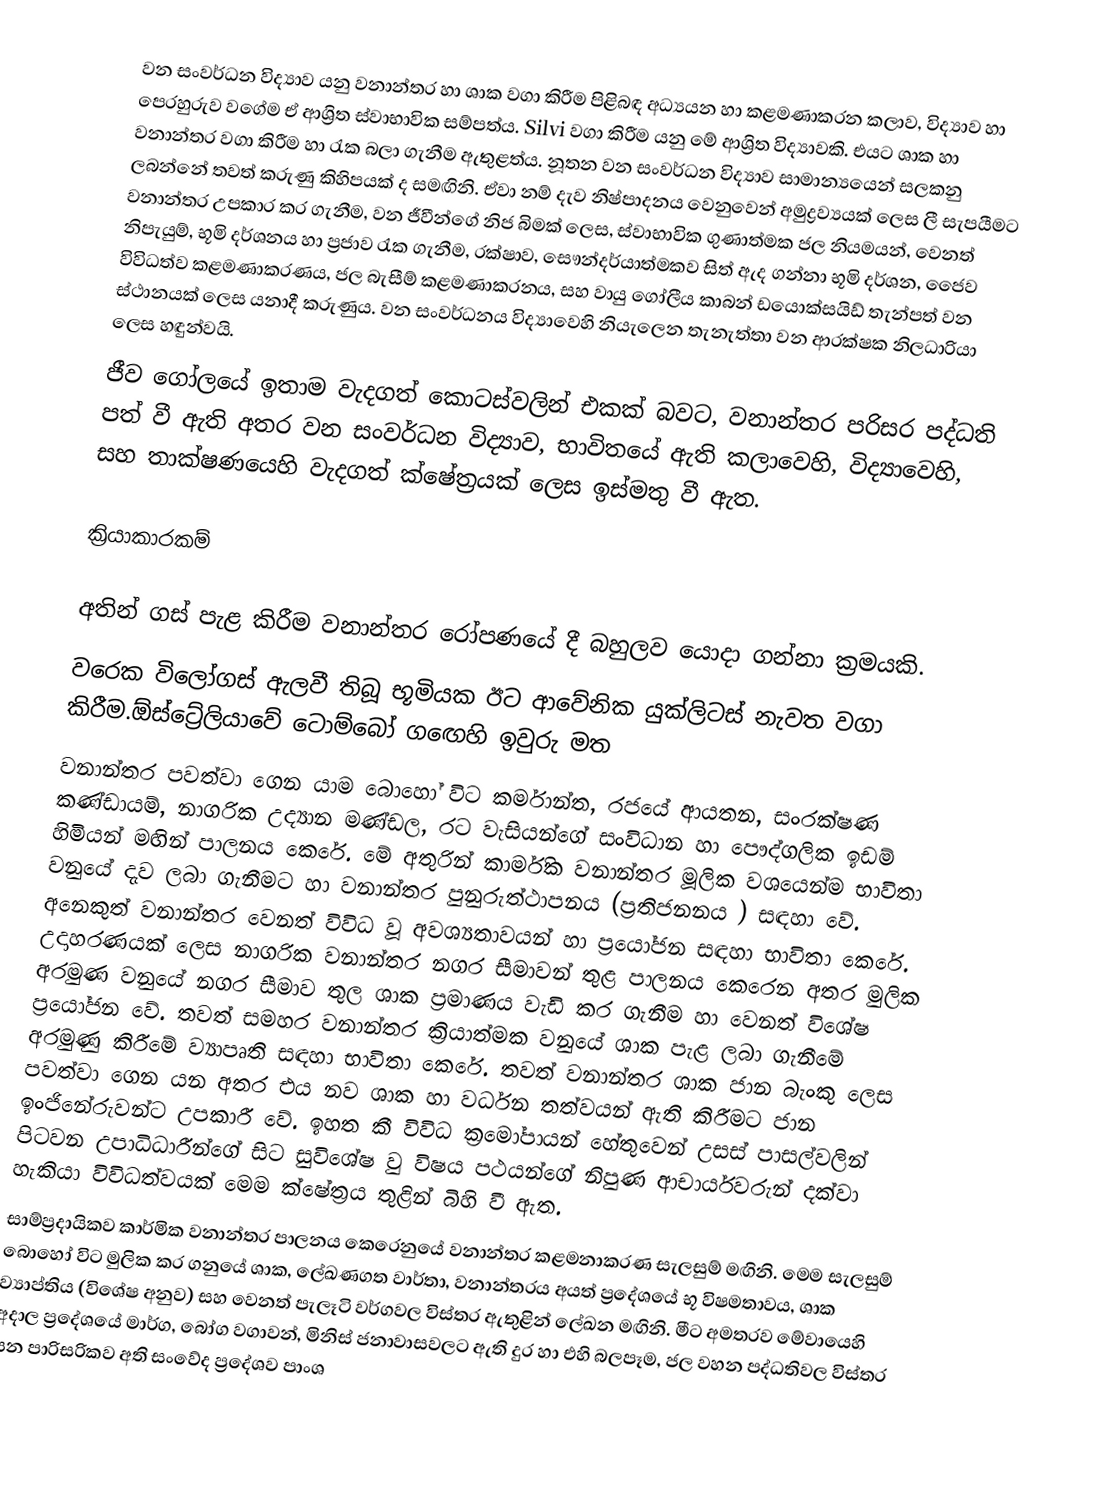
වන සංවර්ධන විද්‍යාව යනු වනාන්තර හා ශාක වගා කිරීම පිළිබඳ අධ්‍යයන හා කළමණාකරන කලාව, විද්‍යාව හා පෙරහුරුව වගේම ඒ ආශ්‍රිත ස්වාභාවික සම්පත්ය. Silvi වගා කිරීම යනු මේ ආශ්‍රිත විද්‍යාවකි. එයට ශාක හා වනාන්තර වගා කිරීම හා රැක බලා ගැනීම ඇතුළත්ය. නූතන වන සංවර්ධන විද්‍යාව සාමාන්‍යයෙන් සලකනු ලබන්නේ තවත් කරුණු කිහිපයක් ද සමඟිනි. ඒවා නම් දැව නිෂ්පාදනය වෙනුවෙන් අමුද්‍රව්‍යයක් ලෙස ලී සැපයීමට වනාන්තර උපකාර කර ගැනීම, වන ජීවීන්ගේ නිජ බිමක් ලෙස, ස්වාභාවික ගුණාත්මක ජල නියමයන්, වෙනත් නිපැයුම්, භූමි දර්ශනය හා ප්‍රජාව රැක ගැනීම, රක්ෂාව, සෞන්දර්යාත්මකව සිත් ඇද ගන්නා භූමි දර්ශන, ජෛව විවිධත්ව කළමණාකරණය, ජල බැසීම් කළමණාකරනය, සහ වායු ගෝලීය කාබන් ඩයොක්සයිඩ් තැන්පත් වන ස්ථානයක් ලෙස යනාදී කරුණුය. වන සංවර්ධනය විද්‍යාවෙහි නියැලෙන තැනැත්තා වන ආරක්ෂක නිලධාරියා ලෙස හඳුන්වයි.
ජීව ගෝලයේ ඉතාම වැදගත් කොටස්වලින් එකක් බවට, වනාන්තර පරිසර පද්ධති පත් වී ඇති අතර වන සංවර්ධන විද්‍යාව, භාවිතයේ ඇති කලාවෙහි, විද්‍යාවෙහි, සහ තාක්ෂණයෙහි වැදගත් ක්ෂේත්‍රයක් ලෙස ඉස්මතු වී ඇත.

ක්‍රියාකාරකම්

අතින් ගස් පැළ කිරීම වනාන්තර රෝපණයේ දී බහුලව යොදා ගන්නා ක්‍රමයකි.
වරෙක විලෝගස් ඇලවී තිබූ භූමියක ඊට ආවේනික යුක්ලිටස් නැවත වගා කිරීම.ඕස්ට්‍රේලියාවේ ටොම්බෝ ග‍ඟෙහි ඉවුරු මත
වනාන්තර පවත්වා ගෙන යාම බොහෝ විට කර්මාන්ත, රජයේ ආයතන, සංරක්ෂණ කණ්ඩායම්, නාගරික උද්‍යාන මණ්ඩල, රට වැසියන්ගේ සංවිධාන හා පෞද්ගලික ඉඩම් හිමියන් මඟින් පාලනය කෙරේ. මේ අතුරින් කාර්මික වනාන්තර මූලික වශයෙන්ම භාවිතා වනුයේ දැව ලබා ගැනීමට හා වනාන්තර පුනුරුත්ථාපනය (ප්‍රතිජනනය ) සඳහා වේ. අනෙකුත් වනාන්තර වෙනත් විවිධ වූ අවශ්‍යතාවයන් හා ප්‍රයෝජන සඳහා භාවිතා කෙරේ. උදාහරණයක් ලෙස නාගරික වනාන්තර නගර සීමාවන් තුළ පාලනය කෙරෙන අතර මුලික අරමුණ වනුයේ නගර සීමාව තුල ශාක ප්‍රමාණය වැඩි කර ගැනීම හා වෙනත් විශේෂ ප්‍රයෝජන වේ. තවත් සමහර වනාන්තර ක්‍රියාත්මක වනුයේ ශාක පැළ ලබා ගැනීමේ අරමුණු කිරීමේ ව්‍යාපෘති සඳහා භාවිතා කෙරේ. තවත් වනාන්තර ශාක ජාන බැංකු ලෙස පවත්වා ගෙන යන අතර එය නව ශාක හා වර්ධන තත්වයන් ඇති කිරීමට ජාන ඉංජිනේරුවන්ට උපකාරී වේ. ඉහත කී විවිධ ක්‍රමෝපායන් හේතුවෙන් උසස් පාසල්වලින් පිටවන උපාධිධාරීන්ගේ සිට සුවිශේෂ වු විෂය පථයන්ගේ නිපුණ ආචාර්යවරුන් දක්වා හැකියා විවිධත්වයක් මෙම ක්ෂේත්‍රය තුළින් බිහි වී ඇත.
සාම්ප්‍රදායිකව කාර්මික වනාන්තර පාලනය කෙරෙනුයේ වනාන්තර කළමනාකරණ සැලසුම් මඟිනි. මෙම සැලසුම් බොහෝ විට මුලික කර ගනුයේ ශාක, ලේඛණගත වාර්තා, වනාන්තරය අයත් ප්‍රදේශයේ භූ විෂමතාවය, ශාක ව්‍යාප්තිය (විශේෂ අනුව) සහ ‍වෙනත් පැලෑටි වර්ගවල විස්තර ඇතුළින් ලේඛන මඟිනි. මීට අමතරව මේවායෙහි අදාල ප්‍රදේශයේ මාර්ග, බෝග වගාවන්, මිනිස් ජනාවාසවලට ඇති දුර හා එහි බලපෑම, ජල වහන පද්ධතිවල විස්තර යන පාරිසරිකව අති සංවේද ප්‍රදේශව පාංශ